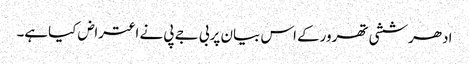
ادھرششی تھرورکے اس بیان پربی جے پی نے اعتراض کیاہے۔